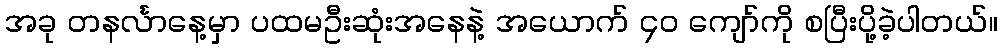
အခု တနင်္လာနေ့မှာ ပထမဦးဆုံးအနေနဲ့ အယောက် ၄၀ ကျော်ကို စပြီးပို့ခဲ့ပါတယ်။